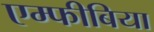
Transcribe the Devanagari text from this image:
एम्‍फीबिया